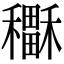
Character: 𥣲